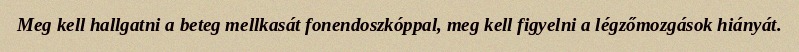
Meg kell hallgatni a beteg mellkasát fonendoszkóppal, meg kell figyelni a légzőmozgások hiányát.